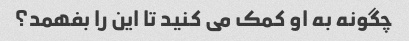
چگونه به او کمک می کنید تا این را بفهمد؟